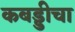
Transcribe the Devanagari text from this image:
कबड्डीचा